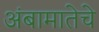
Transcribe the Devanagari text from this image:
अंबामातेचे